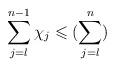
LaTeX: \begin{align*}\sum\limits_{j = l}^{n-1} \chi_j \leqslant (\sum\limits_{j=l}^{n})\end{align*}